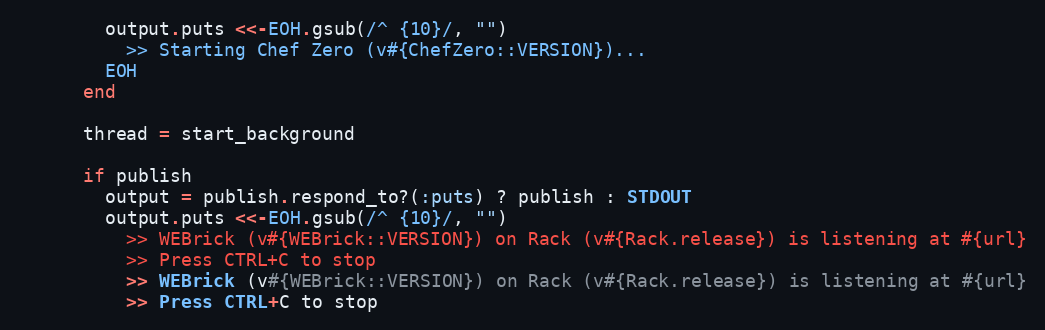
Language: Ruby
        output.puts <<-EOH.gsub(/^ {10}/, "")
          >> Starting Chef Zero (v#{ChefZero::VERSION})...
        EOH
      end

      thread = start_background

      if publish
        output = publish.respond_to?(:puts) ? publish : STDOUT
        output.puts <<-EOH.gsub(/^ {10}/, "")
          >> WEBrick (v#{WEBrick::VERSION}) on Rack (v#{Rack.release}) is listening at #{url}
          >> Press CTRL+C to stop